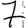
Digit: 7